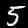
Digit: 5